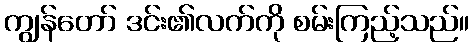
ကျွန်တော် ဒင်း၏လက်ကို စမ်းကြည့်သည်။